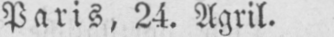
Paris, 24. Agril.